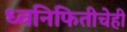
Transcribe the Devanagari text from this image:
ध्वनिफितीचेही